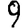
Digit: 9